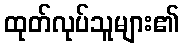
ထုတ်လုပ်သူများ၏